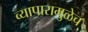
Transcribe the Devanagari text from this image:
व्यापारामुळेच